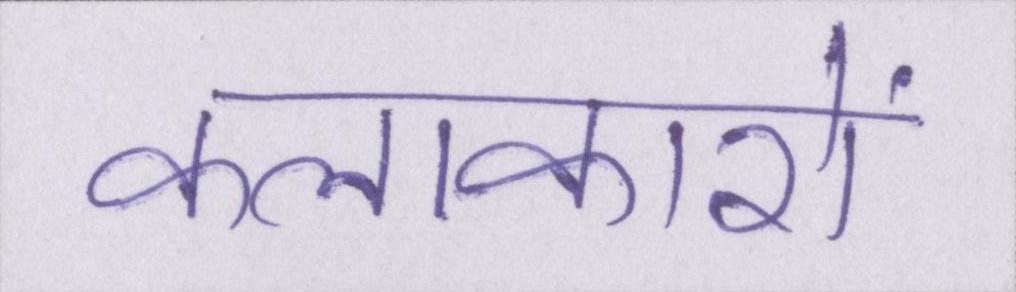
कलाकारों